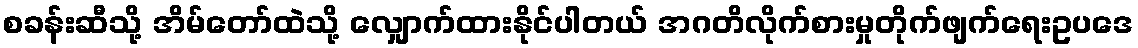
စခန်းဆီသို့ အိမ်တော်ထဲသို့ လျှောက်ထားနိုင်ပါတယ် အဂတိလိုက်စားမှုတိုက်ဖျက်ရေးဥပဒေ